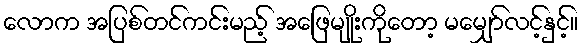
လောက အပြစ်တင်ကင်းမည့် အဖြေမျိုးကိုတော့ မမျှော်လင့်နှင့်။